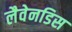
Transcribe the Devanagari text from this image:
लैवेनडिस